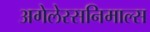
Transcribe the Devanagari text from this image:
अगेलेस्सनिमाल्स